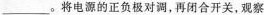
___。将电源的正负极对调，再闭合开关，观察